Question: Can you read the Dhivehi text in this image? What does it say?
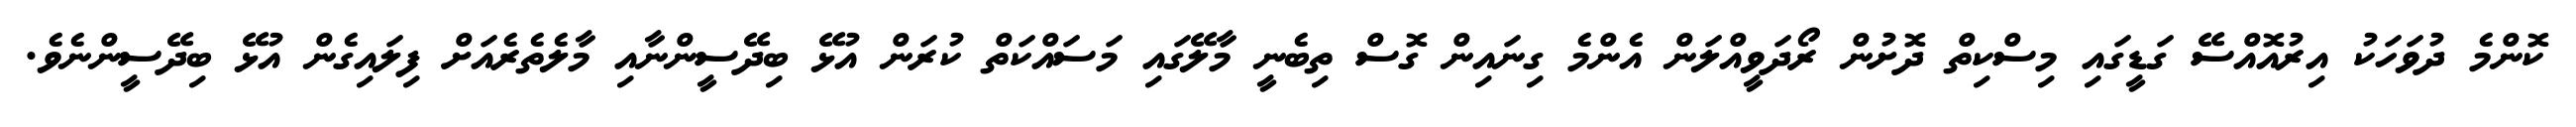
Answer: ކޮންމެ ދުވަހަކު އިރުއޮއްސޭ ގަޑީގައި މިސްކިތް ދޮށުން ރޯދަވީއްލަން އެންމެ ގިނައިން ގޮސް ތިބެނީ މާލޭގައި މަސައްކަތް ކުރަން އުޅޭ ބިދޭސީންނާއި މާލެތެރެއަށް ފިލައިގެން އުޅޭ ބިދޭސީންނެވެ.